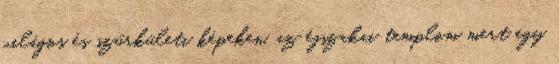
világos és szürkületi képeken, az éjszakai templom mert egy